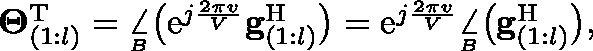
\begin{array} { r } { \mathbf { \Theta } _ { ( 1 : l ) } ^ { \mathrm { T } } = \underset { ^ B } { \angle } \big ( \mathrm { e } ^ { j \frac { 2 \pi v } { V } } \mathbf { g } _ { ( 1 : l ) } ^ { \mathrm { H } } \big ) = \mathrm { e } ^ { j \frac { 2 \pi v } { V } } \underset { ^ B } { \angle } \big ( \mathbf { g } _ { ( 1 : l ) } ^ { \mathrm { H } } \big ) , } \end{array}